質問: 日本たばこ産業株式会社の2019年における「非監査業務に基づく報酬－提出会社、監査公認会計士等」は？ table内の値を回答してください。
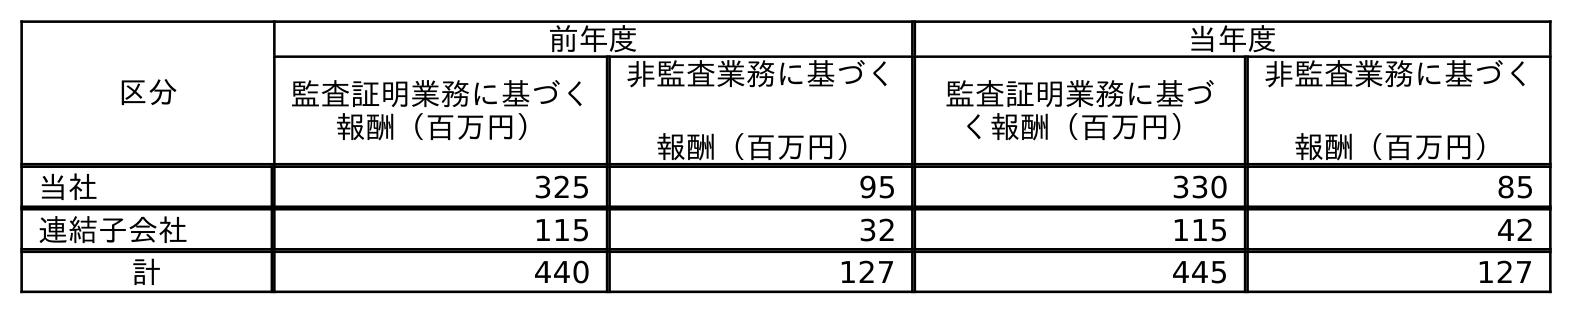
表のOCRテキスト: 区分 前年度 当年度 監査証明業務に基づく 報酬（百万円） 非監査業務に基づく 報酬（百万円） 監査証明業務に基づ く報酬（百万円） 非監査業務に基づく 報酬（百万円） 当社 325 95 330 85 連結子会社 115 32 115 42 計 440 127 445 127
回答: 95